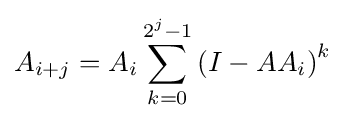
A_{i+j}=A_{i}\sum _{k=0}^{2^{j}-1}\left(I-AA_{i}\right)^{k}